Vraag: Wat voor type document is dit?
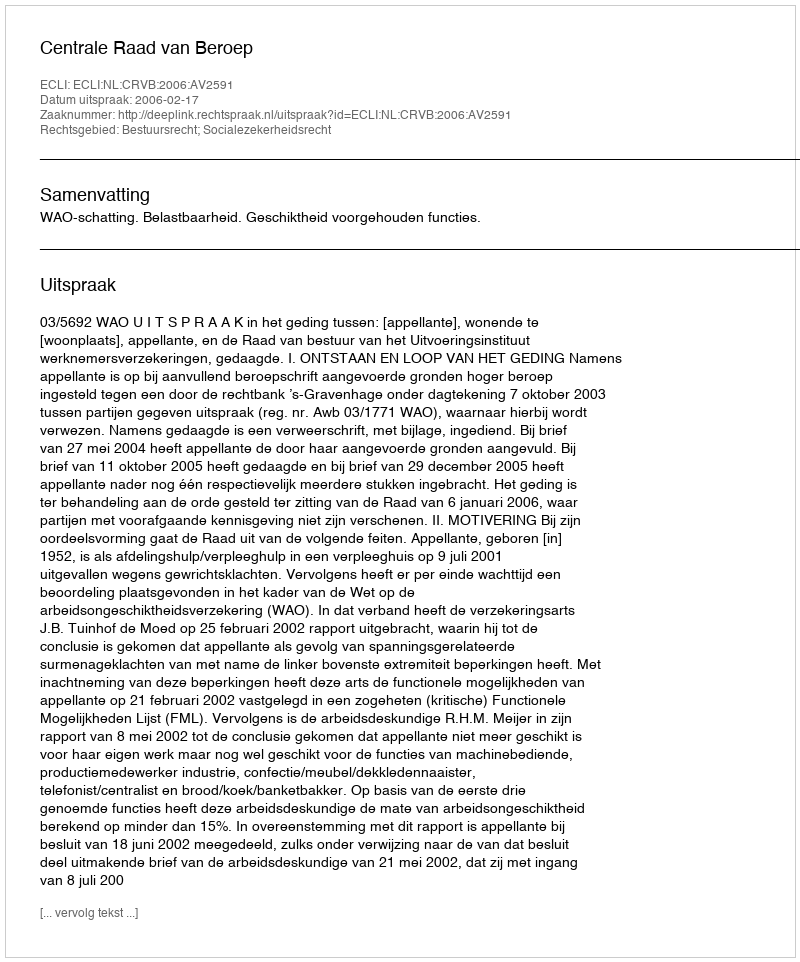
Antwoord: Uitspraak